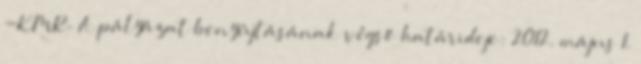
-KMR. A pályázat benyújtásának végső határideje: 2012. május 1.